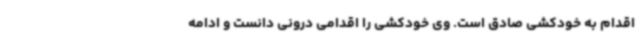
اقدام به خودکشی صادق است. وی خودکشی را اقدامی درونی دانست و ادامه